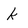
Character: k